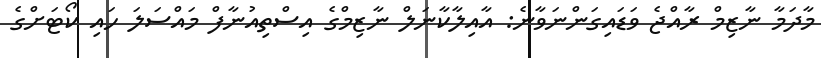
މާދަމާ ނާޒިމް ރާއްޖެ ވަޑައިގަންނަވާނެ: އާއިލާކާނަލް ނާޒިމްގެ އިސްތިއުނާފް މައްސަލަ ހައި ކޯޓަށްގެ